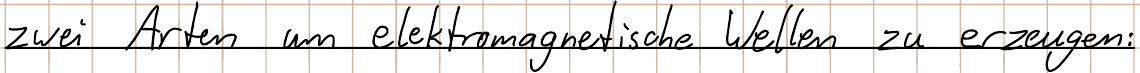
zwei Arten um elektromagnetische Wellen zu erzeugen: